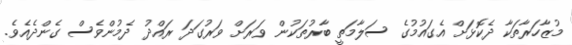
މުޒާހަރާތަކާ ދެކޮޅަށް އެގައުމުގެ ސަލާމަތީ ބާރުތަކުން ވަރަށް ވަރުގަދަ ރައްދު ދެމުންވެސް ގެންދެއެވެ.